Annual report of the Madras Medical College
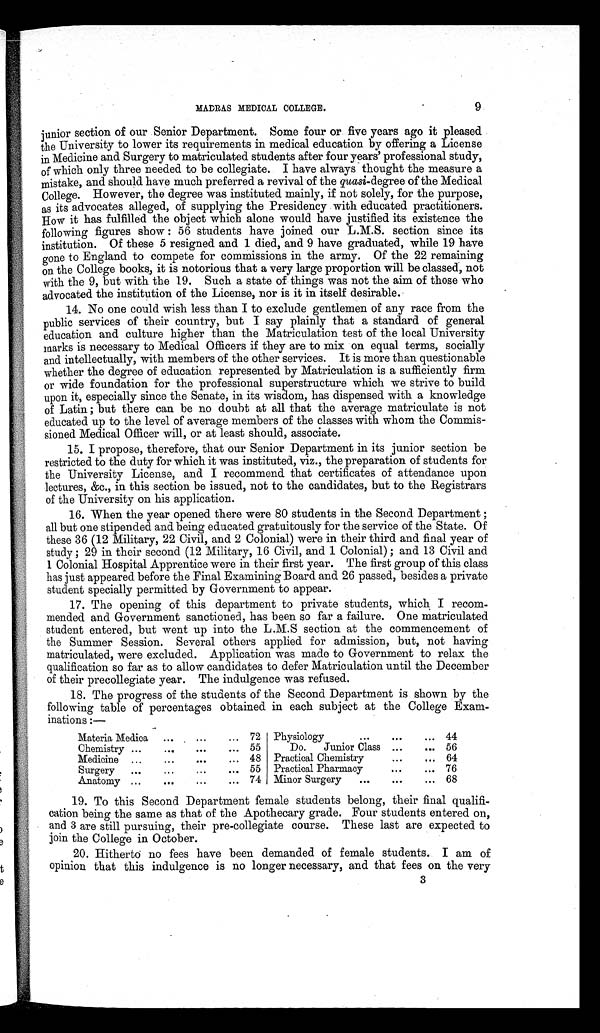
MADRAS MEDICAL COLLEGE.
9
junior section of our Senior Department. Some four or five years ago it pleased
the University to lower its requirements in medical education by offering a License
in Medicine and Surgery to matriculated students after four years' professional study,
of which only three needed to be collegiate. I have always thought the measure a
mistake, and should have much preferred a revival of the quasi¬degree of the Medical
College. However, the degree was instituted mainly, if not solely, for the purpose,
as its advocates alleged, of supplying the Presidency with educated practitioners.
How it has fulfilled the object which alone would have justified its existence the
following figures show: 56 students have joined our L.M.S. section since its
institution. Of these 5 resigned and 1 died, and 9 have graduated, while 19 have
gone to England to compete for commissions in the army. Of the 22 remaining
on the College books, it is notorious that a very large proportion will be classed, not
with the 9, but with the 19. Such a state of things was not the aim of those who
advocated the institution of the License, nor is it in itself desirable.
14.
No one could wish less than I to exclude gentlemen of any race from the
public services of their country, but I say plainly that a standard of general
education and culture higher than the Matriculation test of the local University
marks is necessary to Medical Officers if they are to mix on equal terms, socially
and intellectually, with members of the other services. It is more than questionable
whether the degree of education represented by Matriculation is a sufficiently firm
or wide foundation for the professional superstructure which we strive to build
upon it, especially since the Senate, in its wisdom, has dispensed with a knowledge
of Latin; but there can be no doubt at all that the average matriculate is not
educated up to the level of average members of the classes with whom the Commis-
sioned Medical Officer will, or at least should, associate.
15.
I propose, therefore, that our Senior Department in its junior section be
restricted to the duty for which it was instituted, viz., the preparation of students for
the University License, and I recommend that certificates of attendance upon
lectures, &c., in this section be issued, not to the candidates, but to the Registrars
of the University on his application.
16.
When the year opened there were 80 students in the Second Department;
all but one stipended and being educated gratuitously for the service of the State. Of
these 36 (12 Military, 22 Civil, and 2 Colonial) were in their third and final year of
study; 29 in their second (12 Military, 16 Civil, and 1 Colonial); and 13 Civil and
1 Colonial Hospital Apprentice were in their first year. The first group of this class
has just appeared before the Final Examining Board and 26 passed, besides a private
student specially permitted by Government to appear.
17.
The opening of this department to private students, which I recom-
mended and Government sanctioned, has been so far a failure. One matriculated
student entered, but went up into the L.M.S section at the commencement of
the Summer Session. Several others applied for admission, but, not having
matriculated, were excluded. Application was made to Government to relax the
qualification so far as to allow candidates to defer Matriculation until the December
of their precollegiate year. The indulgence was refused.
18.
The progress of the students of the Second Department is shown by the
following table of percentages obtained in each subject at the College Exam-
inations:—
Materia Medica
72
Physiology
44
Chemistry
55
Do. Junior Class
56
Medicine
48
Practical Chemistry
64
Surgery
55
Practical Pharmacy
76
Anatomy
74
Minor Surgery
68
19. To this Second Department female students belong, their final qualifi-
cation being the same as that of the Apothecary grade. Four students entered on,
and 3 are still pursuing, their pre-collegiate course. These last are expected to
join the College in October.
20.
Hitherto no fees have been demanded of female students. I am of
opinion that this indulgence is no longer necessary, and that fees on the very
3